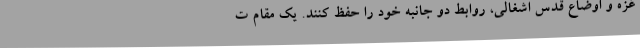
غزه و اوضاع قدس اشغالی، روابط دو جانبه خود را حفظ کنند. یک مقام ت